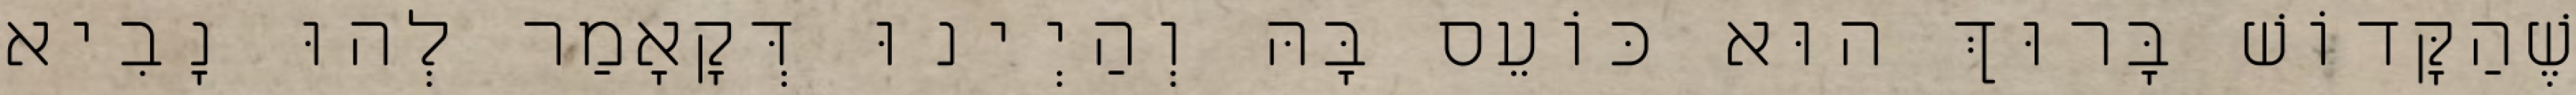
שֶׁהַקָּדוֹשׁ בָּרוּךְ הוּא כּוֹעֵס בָּהּ וְהַיְינוּ דְּקָאָמַר לְהוּ נָבִיא